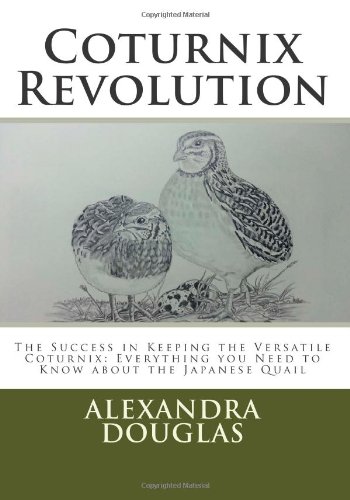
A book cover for Coturnix Revolution: The Success in Keeping the Versatile Coturnix: Everything you Need to Know about the Japanese Quail; Alexandra Teodozja Douglas; Crafts, Hobbies & Home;